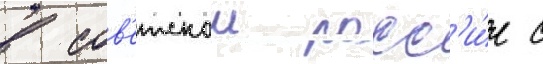
в сов'етскои росс'и́и с